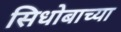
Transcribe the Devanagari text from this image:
सिधोबाच्या